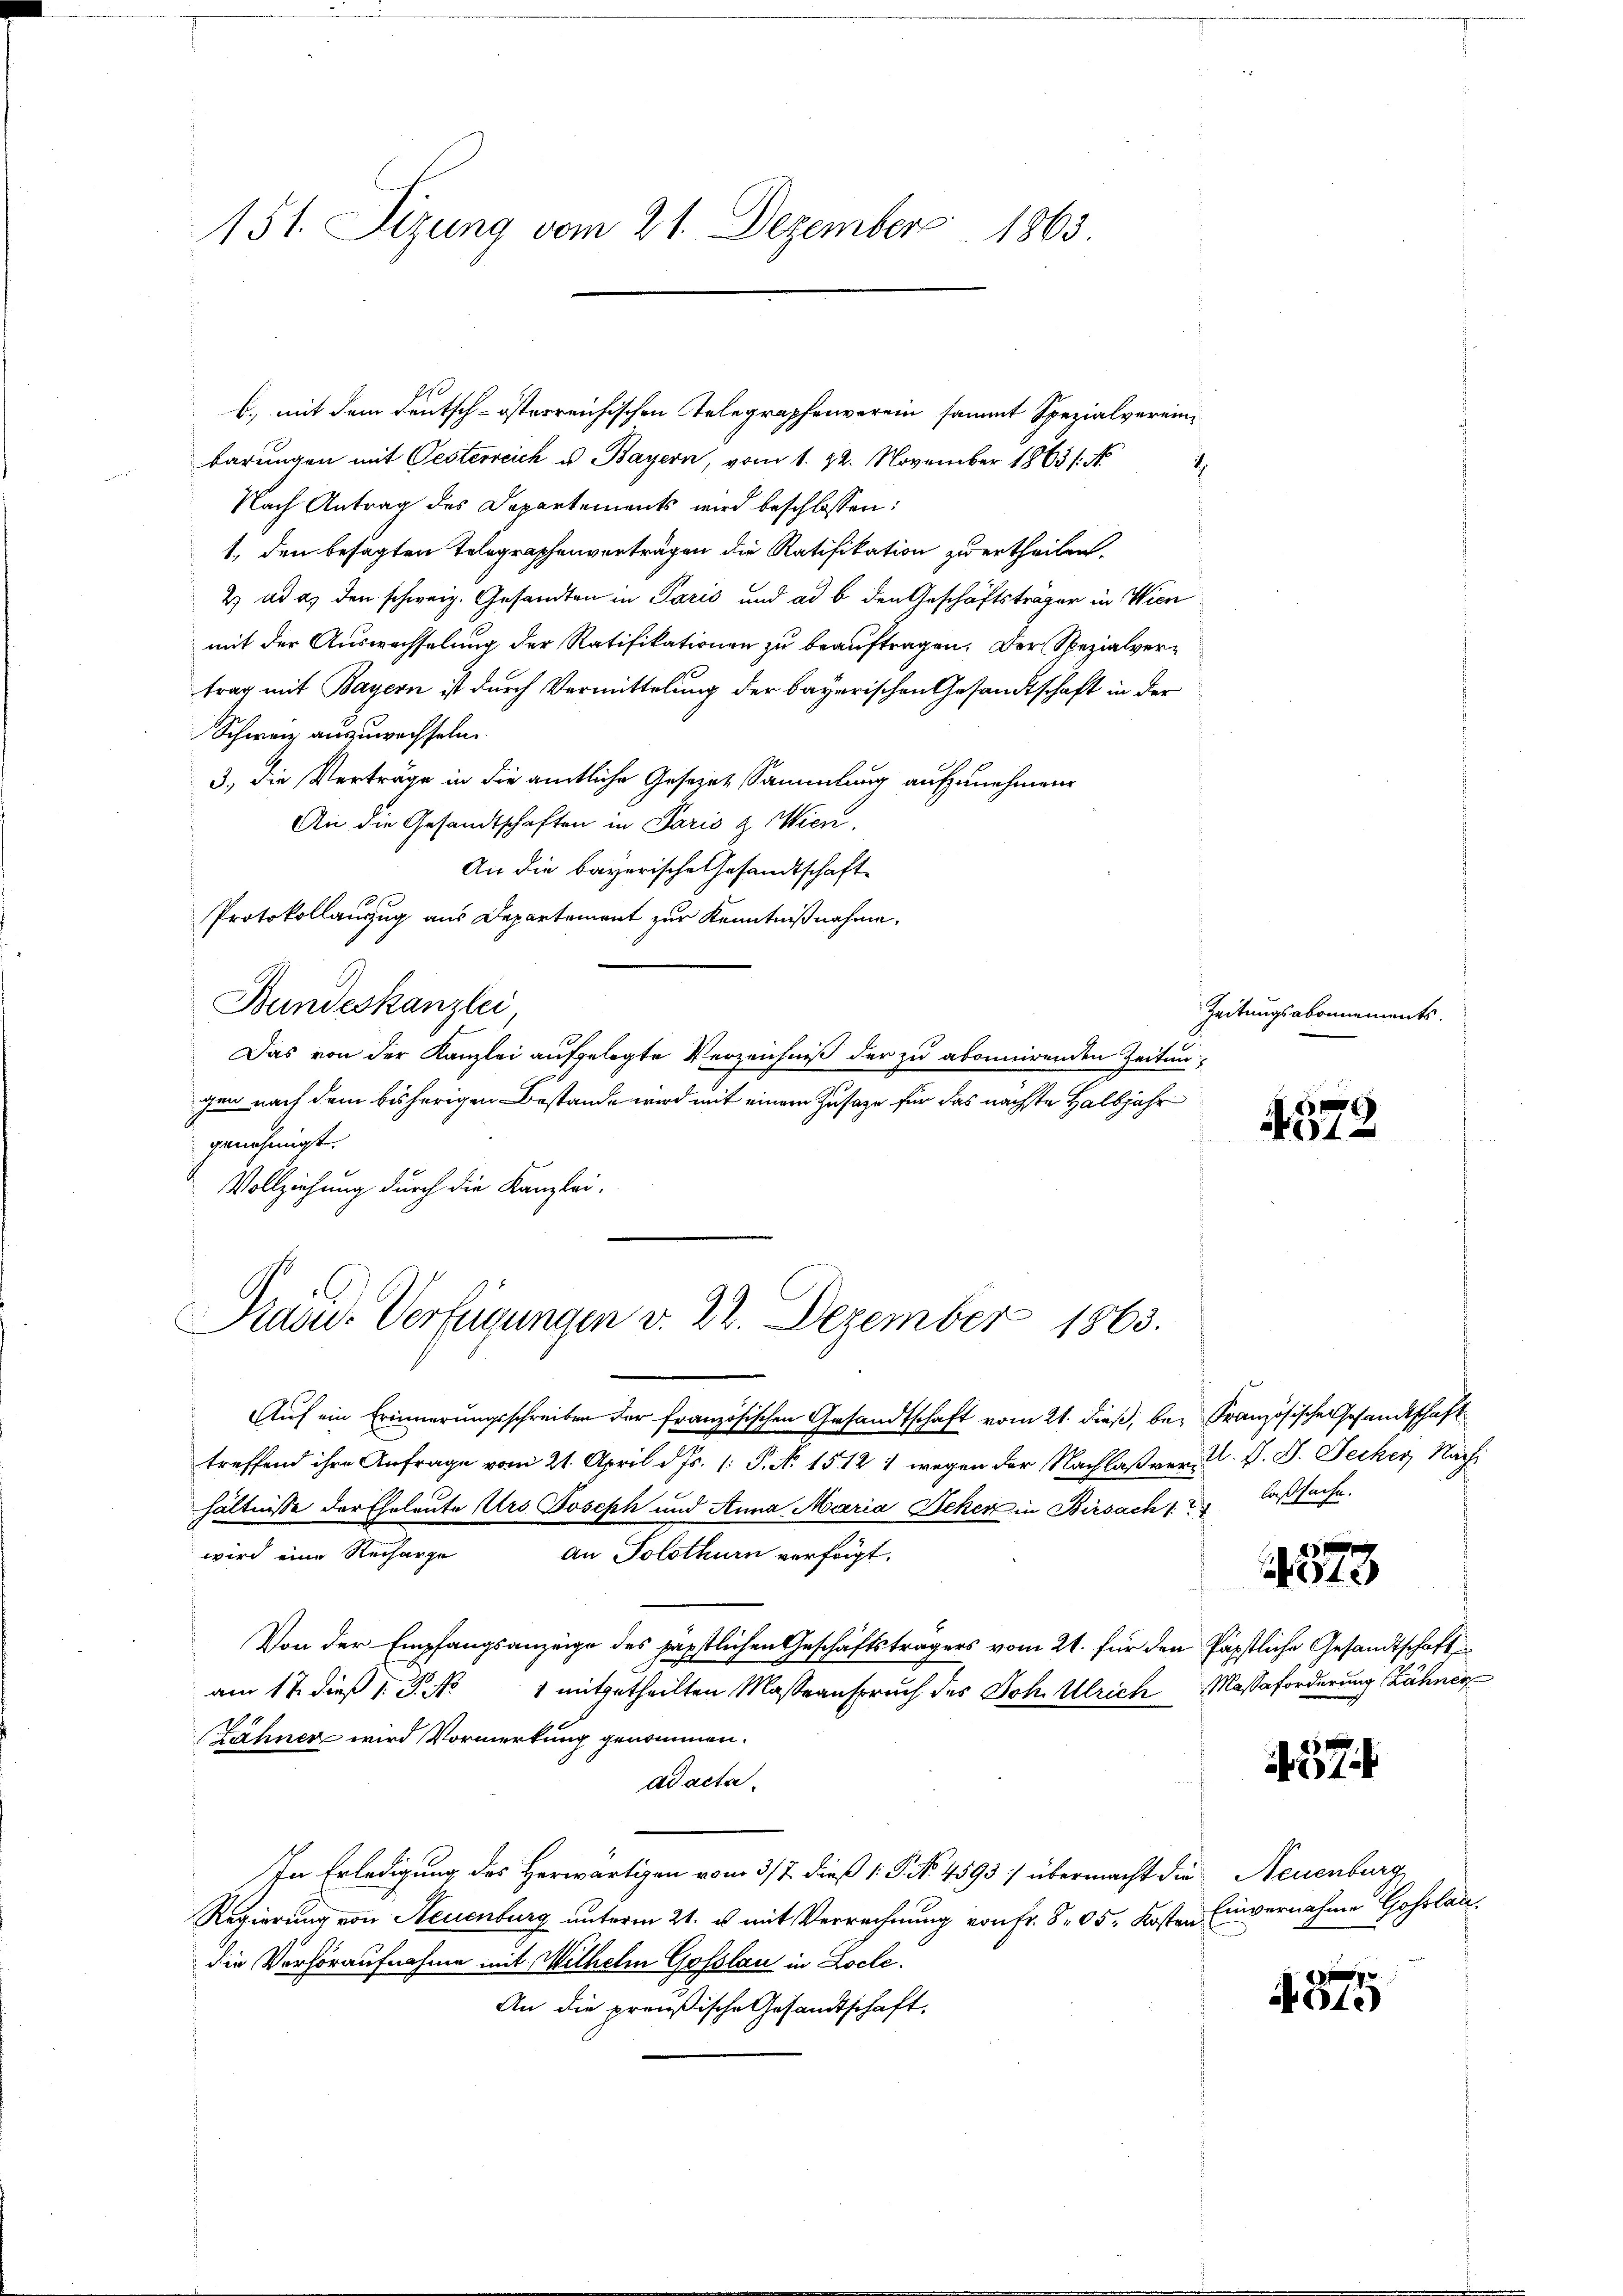
151. Sitzung vom 21. Dezember 1863

b.) mit dem Deutsch-österreichischen Telegraphenverein sammt Spezialvereinbarungen mit Oesterreich u. Bayern, vom 1. 22. November 1865 /: No
7
Nach Antrag des Departements wird beschlossen:
1, den besagten Telegraphenverträgen die Ratifikation zu ertheilen.
2) ad es den schweiz. Gesandten in Paris und ad b. den Geschäftsträger in Wien
mit der Auswachselung der Ratifikationen zu beauftragen. Der Spezialvertrag mit Bayern ist durch Vermittelung der bayerischen Gesandtschaft in der
Schweiz auszuwechseln.
3., die Verträge in die amtliche Gesezet Sammlung aufzunehmen.
An die Gesandtschaften in Paris & Wien.
An die bayerische Gesandtschaft
10.
Protokollauszug aus Departement zur Kenntnißnahme,
Bundeskanzlei
Das von der Kanzlei aufgelegte Verzeichniß der zu abonnirenden Zeitungen nach dem bisherigen Bestände wird mit einem Zusage für das nächste Halbjahr
genehmigt.
Vollziehung durch die Kanzlei-

Pradid-Verfügungen v. 22. Dezember 1863.

Zeitungsabonnements.

Auf ein Erinnerungsschreiben der französischen Gesandtschaft vom 21. dieß, bei Französische Gesandtschaft
treffend ihre Anfrage vom 21. April d. Js. 1. P. N. 1512 1 wegen der Nachlaß ver- u. s. S. Pecher Nachi
hältnisse der Eheleute Urs Joseph und Anna Maria Beken in Birsach 12 laßsache.
wird eine Recharge an Solothurn verfolgt.
Von der Empfangsanzeige des päpstlichen Geschäftsträgers vom 21. für den Päpstliche Gesandtschaft
am 17. dieß 1. P. No 1 mitgetheilten Masseanspruch des Joh. Ulrich Massaforderung Zähner
Zähnen wird Vormerkung genommen.
ad acta.
In Erledigung des Herwärtigen vom 3/7. dieß 1: P. No. 4593/ übermacht die Neuenburg
Regierung von Neuenburg unterm 21. es mit Verrechnung von Fr. 805. Kostendie Verhöraufnahme mit Wilhelm Gofslau in Loche.
An die preußische Gesandtschaft.

42

573

57

Einvernahme Gosolan.

1
ote)